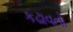
કઢાવતો